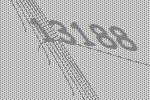
13188